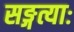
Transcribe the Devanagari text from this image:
सङ्गत्याः